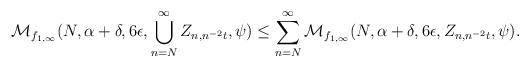
LaTeX: \begin{align*}\mathcal{M}_{f_{1,\infty}}(N,\alpha+\delta,6\epsilon,\bigcup_{n=N}^{\infty}Z_{n,n^{-2}t},\psi)\leq\sum_{n=N}^{\infty}\mathcal{M}_{f_{1,\infty}}(N,\alpha+\delta,6\epsilon,Z_{n,n^{-2}t},\psi).\end{align*}